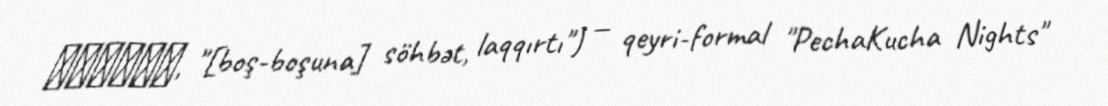
ペチャクチャ, "[boş-boşuna] söhbət, laqqırtı") — qeyri-formal "PechaKucha Nights"